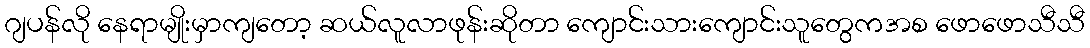
ဂျပန်လို နေရာမျိုးမှာကျတော့ ဆယ်လူလာဖုန်းဆိုတာ ကျောင်းသားကျောင်းသူတွေကအစ ဖောဖောသီသီ